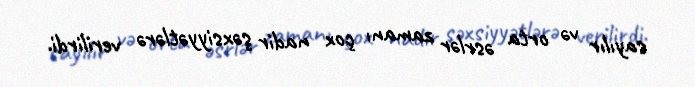
sayılır və orta əsrlər zamanı çox nadir şəxsiyyətlərə verilirdi.